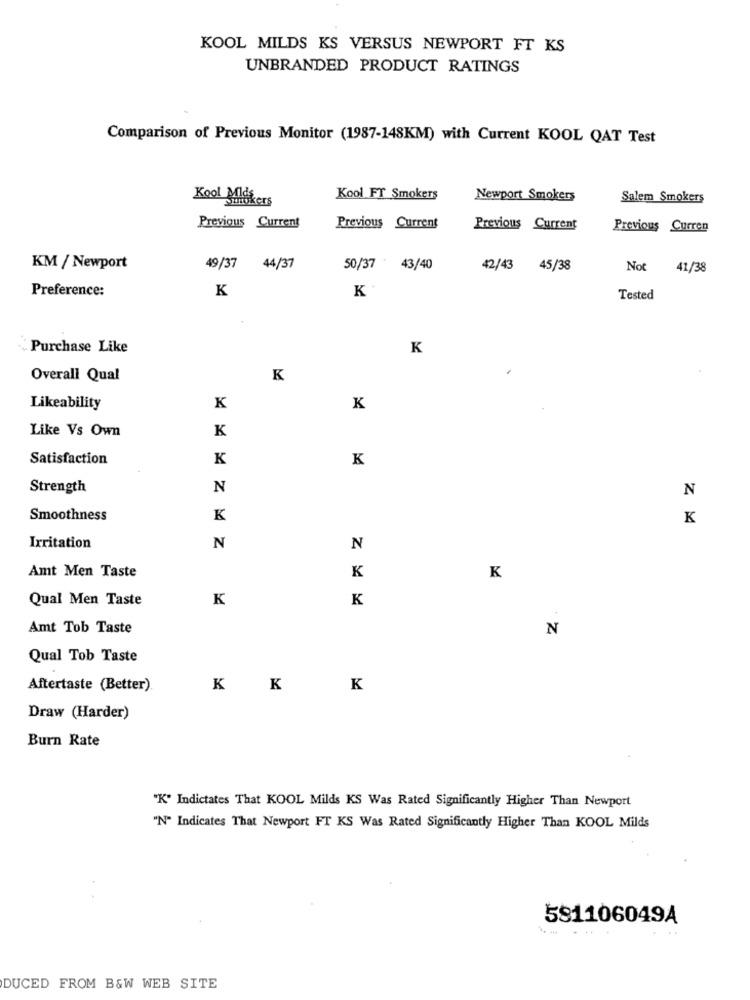
KOOL MILDS KS VERSUS NEWPORT FT KS
UNBRANDED PRODUCT RATINGS
Comparison of Previous Monitor (1987-148KM) with Current KOOL QAT Test
Kool Mokers
Kool FT Smokers
Newport Smokers
Salem Smokers
Previous Current
Previous Current
Previous Current
Previous Curren
KM / Newport
49/37 44/37
50/37 43/40
42/43 45/38
Not 41/38
Preference:
K
Tested
Purchase Like
K
Overall Qual
K
Likeability
K
K
Like Vs Own
K
Satisfaction
K
K
Strength
N
N
Smoothness
K
K
Irritation
N
N
Amt Men Taste
K
K
Qual Men Taste
K
K
Amt Tob Taste
N
Qual Tob Taste
Aftertaste (Better).
K
K
K
Draw (Harder)
Burn Rate
"K" Indictates That KOOL Milds KS Was Rated Significantly Higher Than Newport
"N" Indicates That Newport FT KS Was Rated Significantly Higher Than KOOL Milds
581106049A
.... .
DUCED FROM B&W WEB SITE